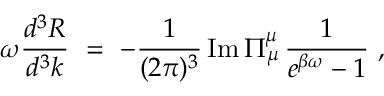
\omega { \frac { d ^ { 3 } R } { d ^ { 3 } k } } \ = \ - { \frac { 1 } { ( 2 \pi ) ^ { 3 } } } \, \mathrm { I m } \, \Pi _ { \mu } ^ { \mu } \, { \frac { 1 } { e ^ { \beta \omega } - 1 } } \ ,